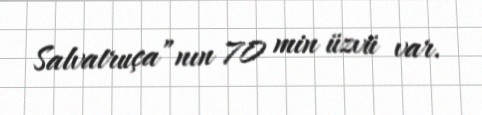
Salvatruça”nın 70 min üzvü var.